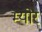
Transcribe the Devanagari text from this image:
म्‍योर